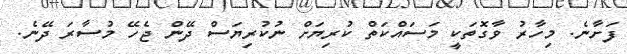
ފަށާނެ. މިހާރު ވާގޮތަކީ މަސައްކަތް ކުރިޔަށް ނުކުރިޔަސް ދޭން ޖެހޭ މުސާރަ ދޭނެ.